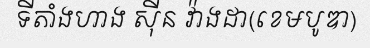
ទីតាំងហាង ស៊ីន វ៉ាងដា(ខេមបូឌា)